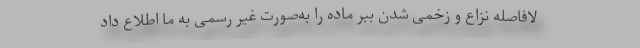
لافاصله نزاع و زخمی شدن ببر ماده را به‌صورت غیر رسمی به ما اطلاع داد